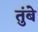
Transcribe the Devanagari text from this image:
तुंबे